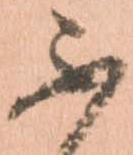
不